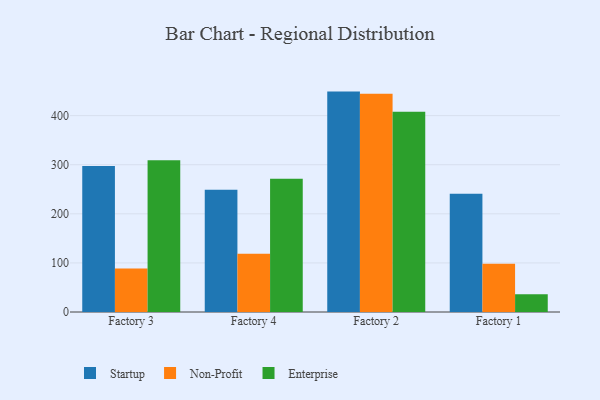
{"axis": {"x": "Factory", "y": "Tickets Resolved"}, "legend": ["Enterprise", "Non-Profit", "Startup"], "data": [{"x": "Factory 3", "y": 297.3, "type": "Startup"}, {"x": "Factory 3", "y": 88.8, "type": "Non-Profit"}, {"x": "Factory 3", "y": 309.2, "type": "Enterprise"}, {"x": "Factory 4", "y": 248.9, "type": "Startup"}, {"x": "Factory 4", "y": 118.8, "type": "Non-Profit"}, {"x": "Factory 4", "y": 271.7, "type": "Enterprise"}, {"x": "Factory 2", "y": 449.0, "type": "Startup"}, {"x": "Factory 2", "y": 444.6, "type": "Non-Profit"}, {"x": "Factory 2", "y": 408.0, "type": "Enterprise"}, {"x": "Factory 1", "y": 241.0, "type": "Startup"}, {"x": "Factory 1", "y": 98.4, "type": "Non-Profit"}, {"x": "Factory 1", "y": 36.1, "type": "Enterprise"}]}